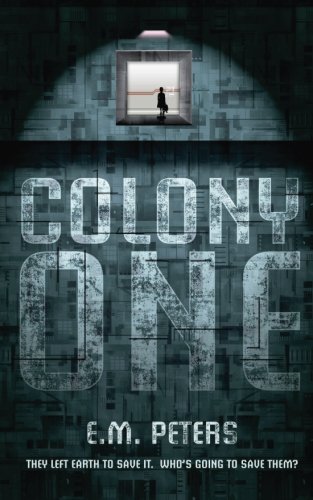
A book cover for Colony One: They left Earth to save it. Who's going to save them?; E M Peters; Science Fiction & Fantasy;